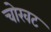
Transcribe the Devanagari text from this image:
चोखट